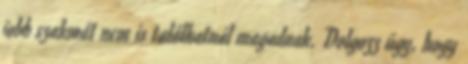
jobb szakmát nem is találhatnál magadnak. Dolgozz úgy, hogy